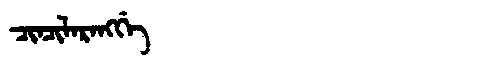
Manchu: ᠴᡳᠨᠴᡳᠯᠠᡵᠠᠩᡤᡝ
Romanization: CINCILARANGGE